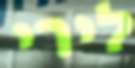
לירי